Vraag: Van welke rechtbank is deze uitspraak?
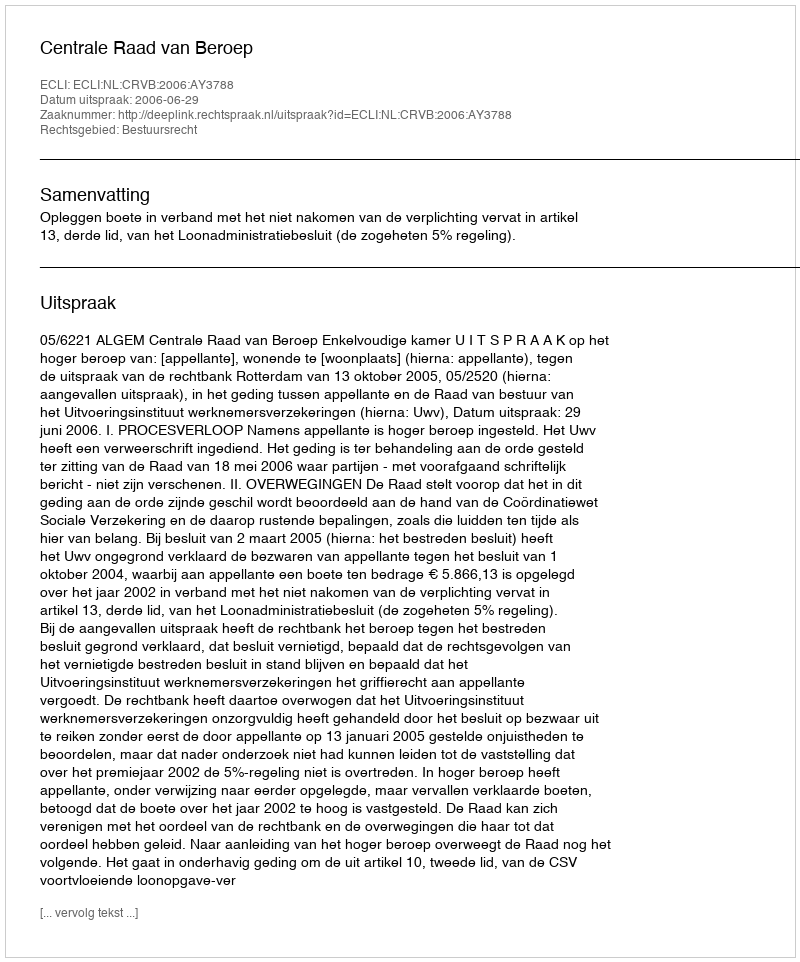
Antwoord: Centrale Raad van Beroep